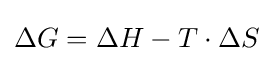
\Delta G=\Delta H-T\cdot \Delta S